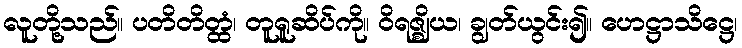
လူတို့သည်။ ပတိတိတ္ထံ၊ တူရူဆိပ်ကို။ ဝိရဇ္ဈိယ၊ ချွတ်ယွင်း၍။ ဟေဋ္ဌာသိဋ္ဌေ၊